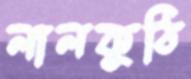
লালকুঠি